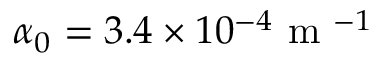
\alpha _ { 0 } = 3 . 4 \times 1 0 ^ { - 4 } \mathrm { ~ m ~ } ^ { - 1 }